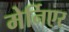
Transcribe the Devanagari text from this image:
मेर्निएर